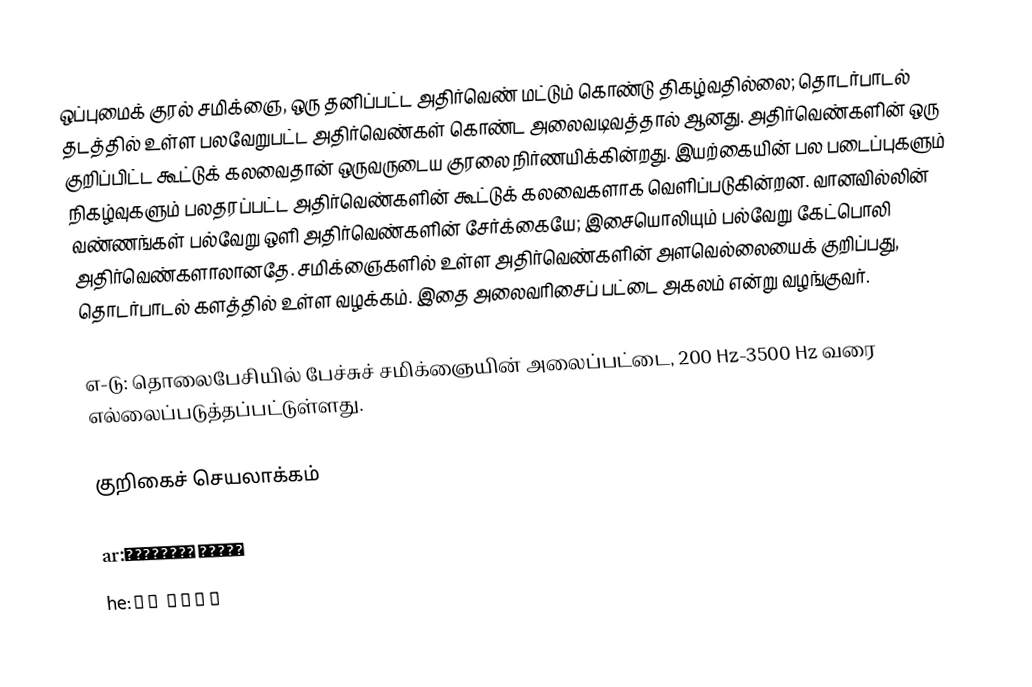
ஒப்புமைக் குரல் சமிக்ஞை, ஒரு தனிப்பட்ட அதிர்வெண் மட்டும் கொண்டு திகழ்வதில்லை; தொடர்பாடல் தடத்தில் உள்ள பலவேறுபட்ட அதிர்வெண்கள் கொண்ட அலைவடிவத்தால் ஆனது.  அதிர்வெண்களின் ஒரு குறிப்பிட்ட கூட்டுக் கலவைதான் ஒருவருடைய குரலை நிர்ணயிக்கின்றது. இயற்கையின் பல படைப்புகளும் நிகழ்வுகளும் பலதரப்பட்ட அதிர்வெண்களின் கூட்டுக் கலவைகளாக வெளிப்படுகின்றன. வானவில்லின் வண்ணங்கள் பல்வேறு ஒளி அதிர்வெண்களின் சேர்க்கையே; இசையொலியும் பல்வேறு கேட்பொலி அதிர்வெண்களாலானதே. சமிக்ஞைகளில் உள்ள அதிர்வெண்களின்  அளவெல்லையைக் குறிப்பது, தொடர்பாடல் களத்தில் உள்ள வழக்கம். இதை அலைவரிசைப் பட்டை அகலம் என்று வழங்குவர்.

எ-டு: தொலைபேசியில் பேச்சுச் சமிக்ஞையின் அலைப்பட்டை, 200 Hz-3500 Hz வரை எல்லைப்படுத்தப்பட்டுள்ளது.

குறிகைச் செயலாக்கம்

ar:تناقل البيانات
he:רוחב פס